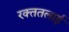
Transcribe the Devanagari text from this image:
रक्‍ततलाई